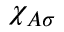
\chi _ { A \sigma }